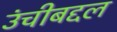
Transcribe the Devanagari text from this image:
उंचीबद्दल